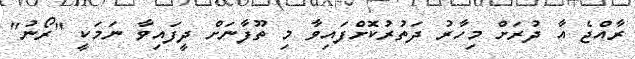
ރާއްޖެ އާ ދުރަށް މިހާރު ދަތުރުކޮށްފައިވާ މި ތޫފާނަށް ދީފައިވާ ނަމަކީ "ރޯނު"